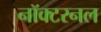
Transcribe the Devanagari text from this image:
नॉक्टरनल